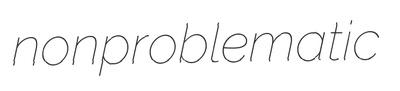
nonproblematic